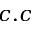
c . c